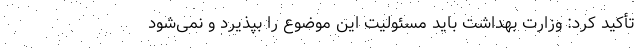
تأکید کرد: وزارت بهداشت باید مسئولیت این موضوع را بپذیرد و نمی‌شود